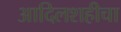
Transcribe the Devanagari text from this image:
आदिलशहीचा